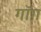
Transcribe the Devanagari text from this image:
गॉग़